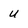
Character: u